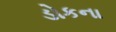
ડોકના